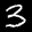
Label: 3